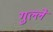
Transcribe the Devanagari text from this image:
गुल्ले